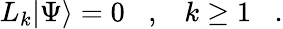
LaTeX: L_{k}|\Psi\rangle=0\; \; \; ,\; \; \; k\geq 1\; \; \; .